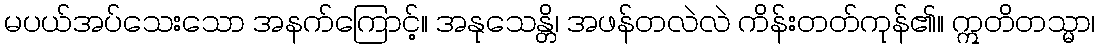
မပယ်အပ်သေးသော အနက်ကြောင့်။ အနုသေန္တိ၊ အဖန်တလဲလဲ ကိန်းတတ်ကုန်၏။ ဣတိတသ္မာ၊